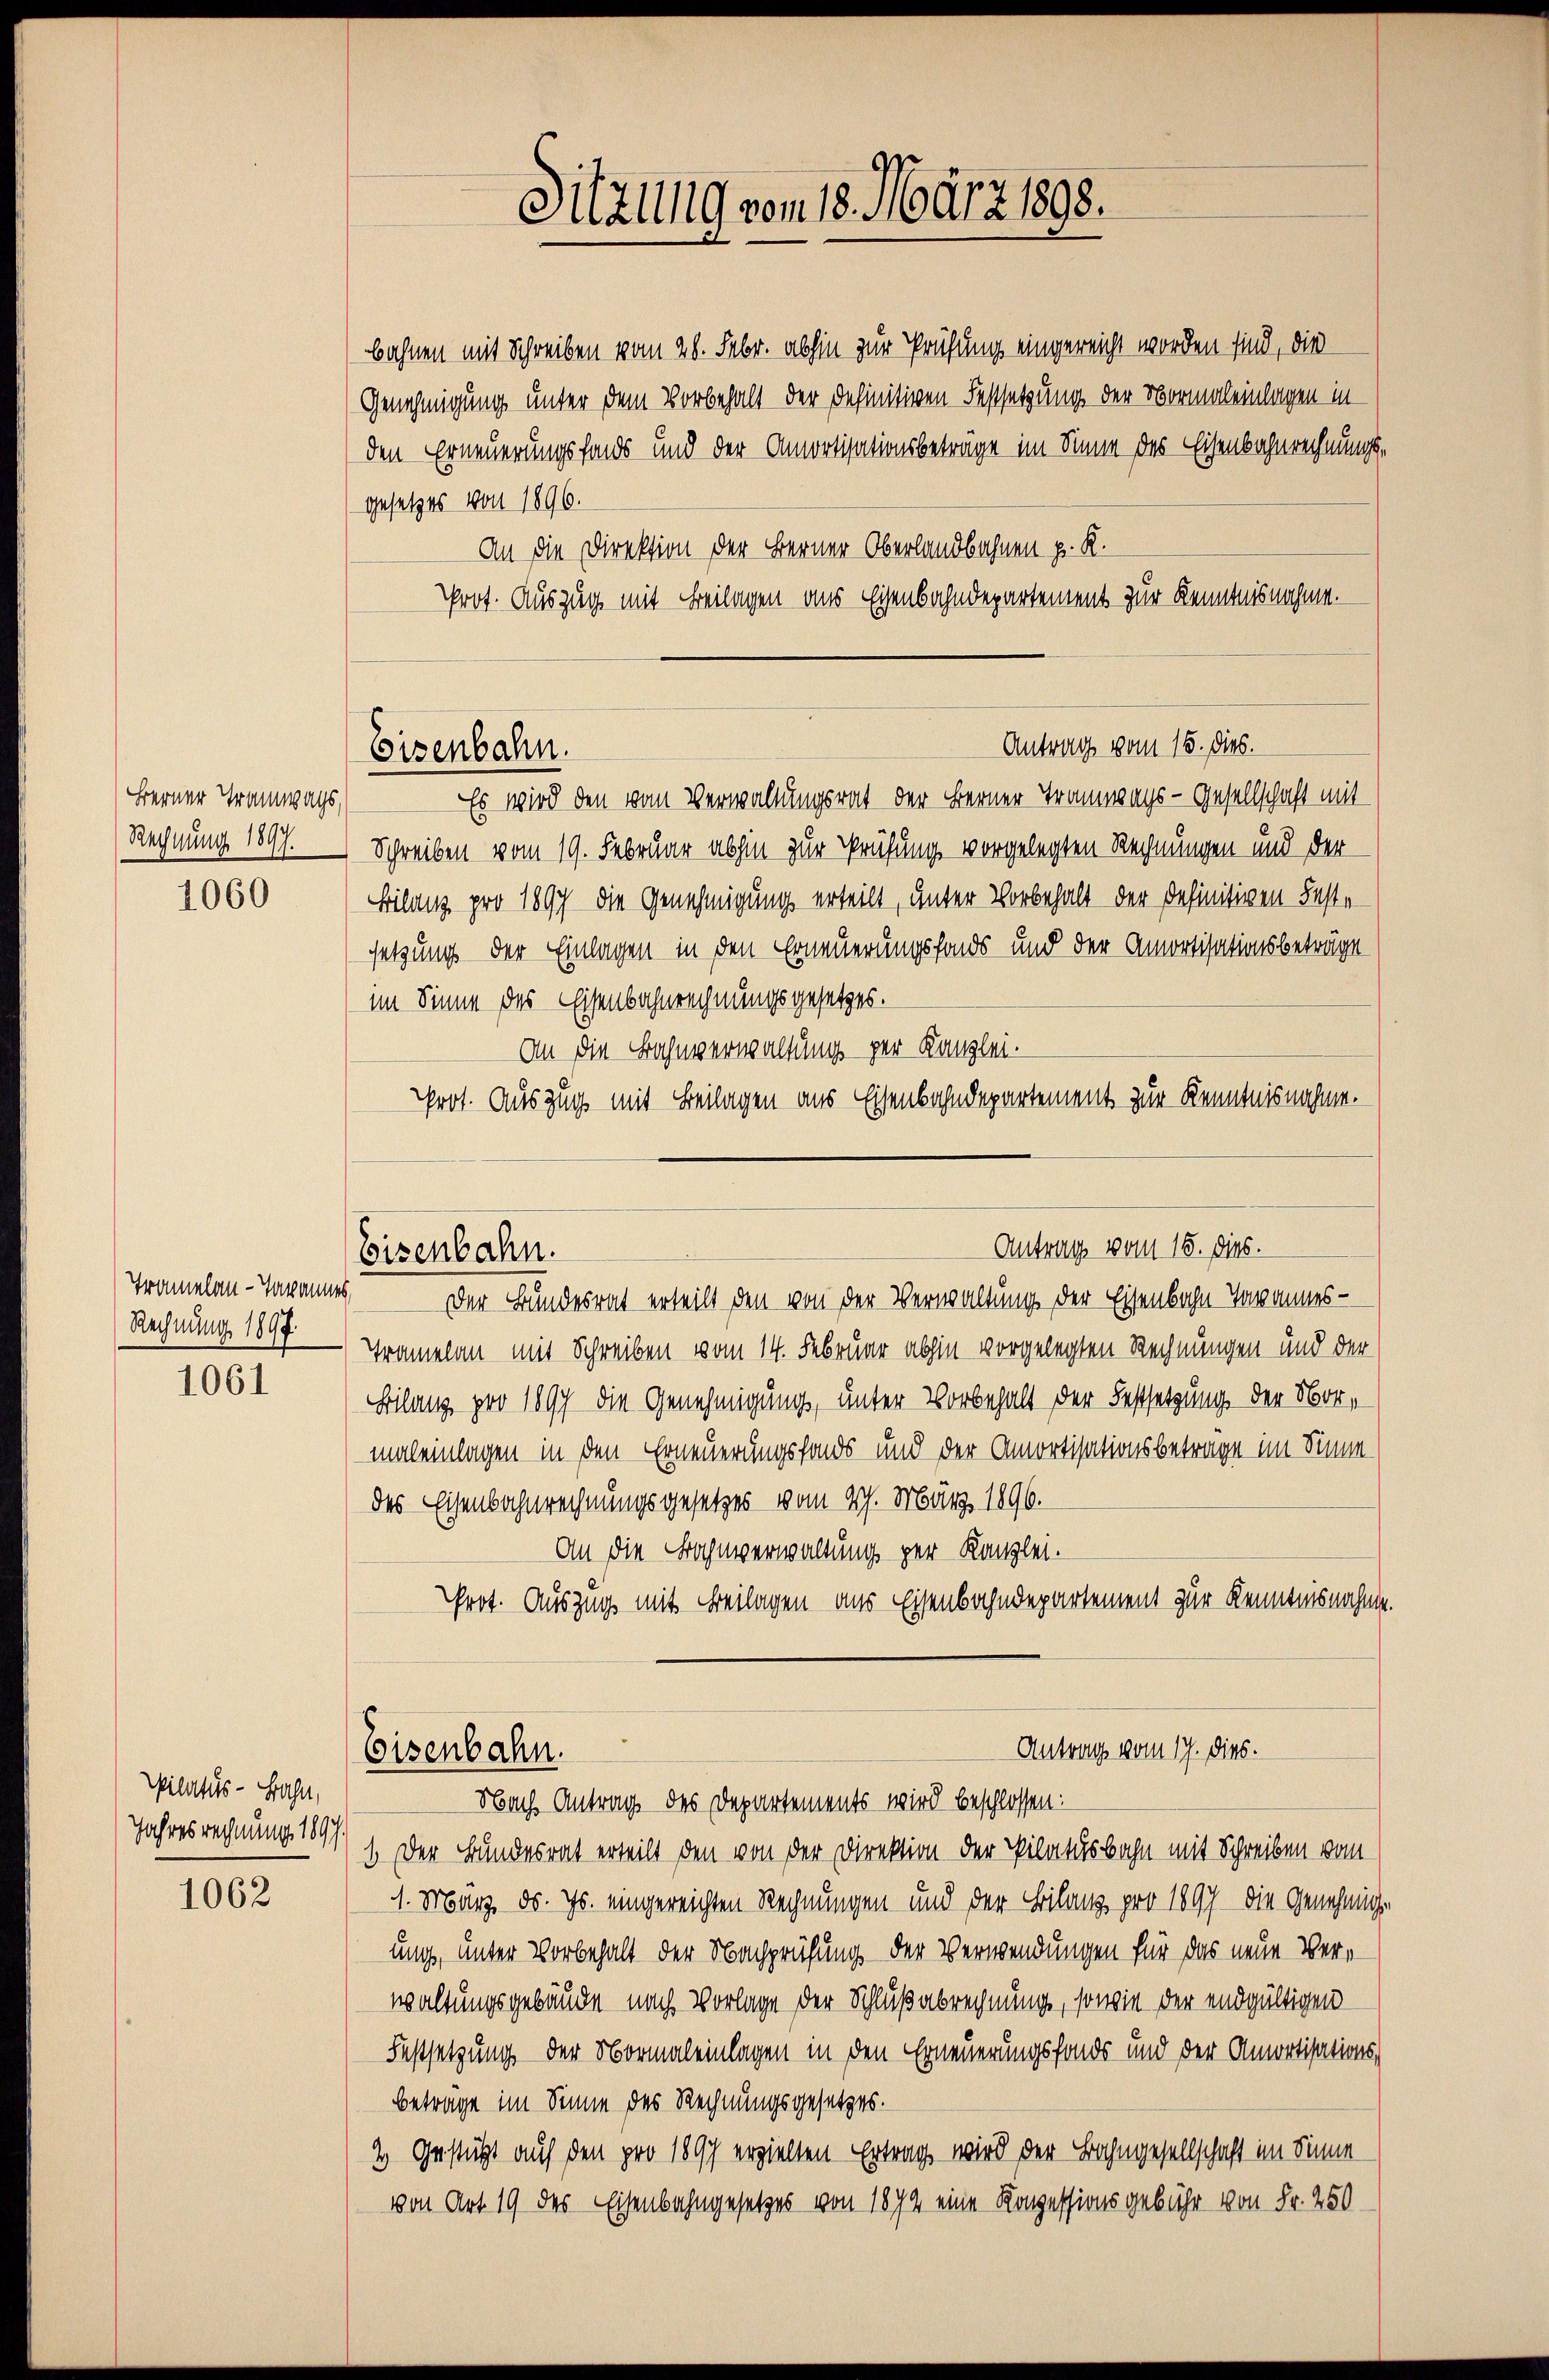
Berner Tramwags,
Rechnung 1897.

1060

1061

1062

Tramelau - Tavannes,
Rechnung 1897.

pilatus - Bahn,
Jahresrechnung 1897

bahnen mit Schreiben vom 28. Febr. abhin zur Prüfung eingereicht worden sind, die
Genehmigung unter dem Vorbehalt der definitiven Festsetzung der Normaleinlagen inden Erneuerungsfonds und der Amortisationsbetrage im Sinne des Eisenbahnrechnungsgesetzes von 1896.
An die Direktion der Berner Oberlandbahnen pr. K.
Prot. Auszug mit Beilagen aus Eisenbahndepartement zur Kenntnisnahme.
Antrag vom 15. dies.
Eisenbahn.
Es wird den vom Verwaltungsrat der Berner Tramwags-Gesellschaft mit
Schreiben vom 19. Februar abhin zur Prüfung vorgelegten Rechnungen und der
Bilanz pro 1897 die Genehmigung erteilt, unter Vorbehalt der definitiven Feste
setzung der Einlagen in den Erneuerungsfonds und der Amortisationsbeträge
im Sinne des Eisenbahnrechnungsgesetzes.
An die Bahnverwaltung per Kanzlei.
Prot. Auszug mit Beilagen aus Eisenbahndepartement zur Kenntnisnahme.

Eisenbahn.

Eisenbahn.

Sitzung vom 18. März 1898.

Antrag vom 15. dies.

Der Bundesrat erteilt den von der Verwaltung der Eisenbahn-Tavannes-
Tramelan mit Schreiben vom 14. Februar abhin vorgelegten Rechnungen und der
Bilanz pro 1897 die Genehmigung, unter Vorbehalt der Festsetzung der Normaleinlagen in den Erneuerungsfonds und der Amortisationsbeträge im Sinne
des Eisenbahnrechnungsgesetzes vom 27. März 1896.
An die Bahnverwaltung zur Kanzlei.
Prot. Auszug mit Beilagen aus Eisenbahndepartement zur Kenntnisnahme.

Antrag vom 17. dies.

Nach Antrag des Departements wird beschlossen:
1. Der Bundesrat erteilt den von der Direktion der Pilatusbahn mit Schreiben vom
1. März d. Js. eingereichten Rechnungen und der Bilanz pro 1897 die Genehmig-
ung, unter Vorbehalt der Nachprüfung der Verwendungen für das neue Verwaltungsgebäude nach Vorlage der Schlußabrechnung, sowie der endgültigen
Festsetzung der Normaleinlagen in den Erneuerungsfonds und der Amortisations,
Beträge im Sinne des Rechnungsgesetzes.
2 Gestützt auf den pro 1897 erzielten Ertrag wird der Bahngesellschaft im Sinne
von Art 19 des Eisenbahngesetzes von 1874 eine Konzessionsgebühr von Fr. 250